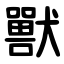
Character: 獸